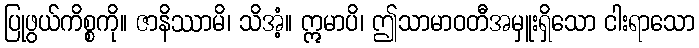
ပြုဖွယ်ကိစ္စကို။ ဇာနိဿာမိ၊ သိအံ့။ ဣမာပိ၊ ဤသာမာဝတီအမှူးရှိသော ငါးရာသော